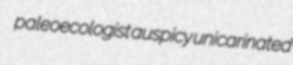
paleoecologist auspicy unicarinated